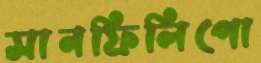
সানফিলিপো